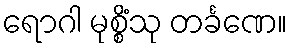
ရောဂါ မုစ္စိံသု တင်္ခဏေ။